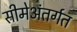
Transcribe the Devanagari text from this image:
सीमेअंतर्गत